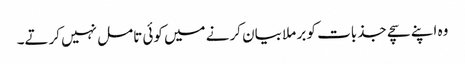
وہ اپنے سچے جذبات کو بر ملا بیان کرنے میں کوئی تامل نہیں کرتے۔